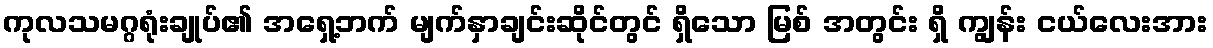
ကုလသမဂ္ဂရုံးချုပ်၏ အရှေ့ဘက် မျက်နှာချင်းဆိုင်တွင် ရှိသော မြစ် အတွင်း ရှိ ကျွန်း ငယ်လေးအား